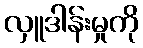
လှူဒါန်းမှုကို